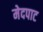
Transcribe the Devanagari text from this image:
मेदपाट